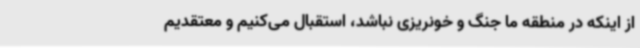
از اینکه در منطقه ما جنگ و خونریزی نباشد، استقبال می‌کنیم و معتقدیم